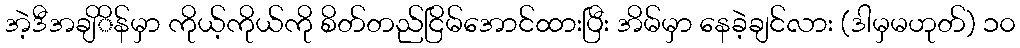
အဲ့ဒီအချိိန်မှာ ကိုယ့်ကိုယ်ကို စိတ်တည်ငြိမ်အောင်ထားပြီး အိမ်မှာ နေခဲ့ချင်လား (ဒါမှမဟုတ်) ၁၀